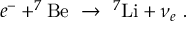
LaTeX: e ^ { - } + ^ { 7 } \mathrm { B e } \ \to \ ^ { 7 } \mathrm { L i } + \nu _ { e } \ .